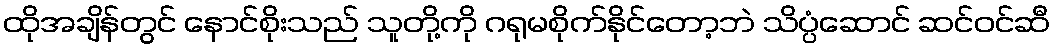
ထိုအချိန်တွင် နောင်စိုးသည် သူတို့ကို ဂရုမစိုက်နိုင်တော့ဘဲ သိပ္ပံဆောင် ဆင်ဝင်ဆီ